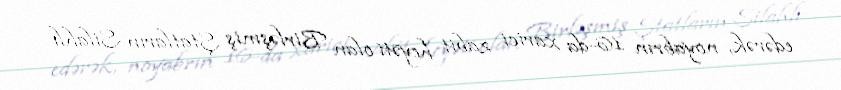
edərək, noyabrın 16-da xarici zabit heyəti olan Birləşmiş Ştatların Silahlı